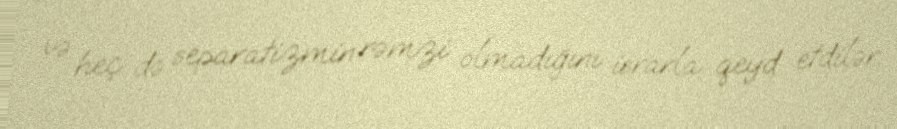
və heç də separatizmin rəmzi olmadığını israrla qeyd etdilər.